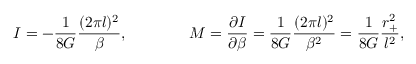
I = - { \frac { 1 } { 8 G } } { \frac { ( 2 \pi l ) ^ { 2 } } { \beta } } , \qquad \qquad M = { \frac { \partial I } { \partial \beta } } = { \frac { 1 } { 8 G } } { \frac { ( 2 \pi l ) ^ { 2 } } { \beta ^ { 2 } } } = { \frac { 1 } { 8 G } } { \frac { r _ { + } ^ { 2 } } { l ^ { 2 } } } ,